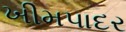
ખીમપાદર